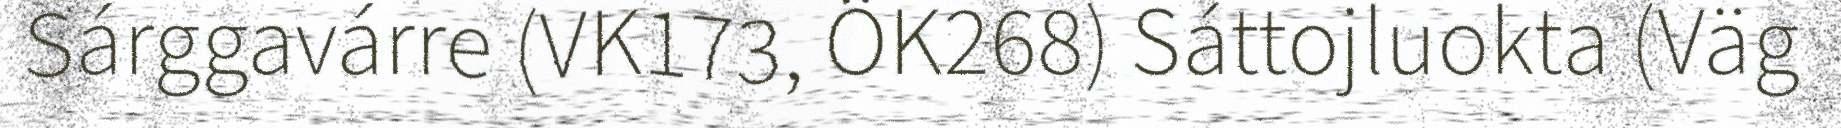
Sárggavárre (VK173, ÖK268) Sáttojluokta (Väg